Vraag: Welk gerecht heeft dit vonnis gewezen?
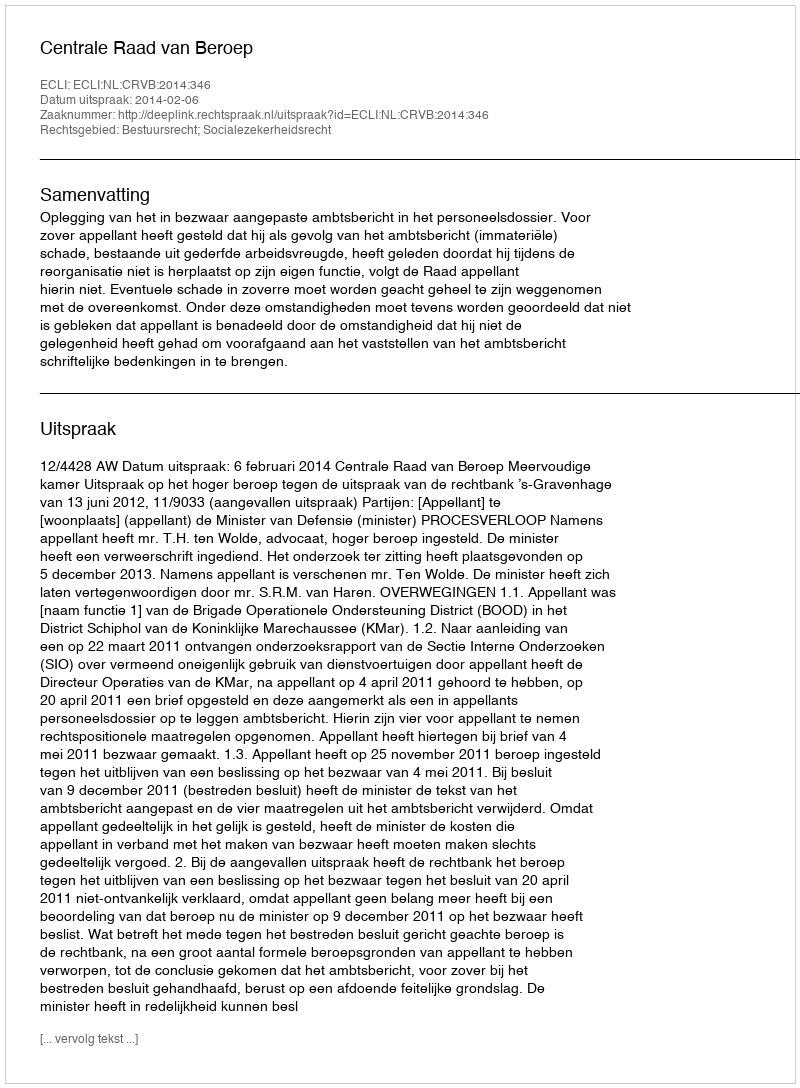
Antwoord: Centrale Raad van Beroep